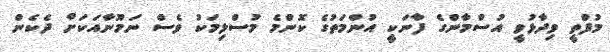
މުފްތީ ވިދާޅުވީ އުސްމާންގެ ފާނަކީ އުންމަތުގެ ކޮންމެ މުސްލިމަކު ވެސް ނަމޫނާއަކަށް ދެކެން